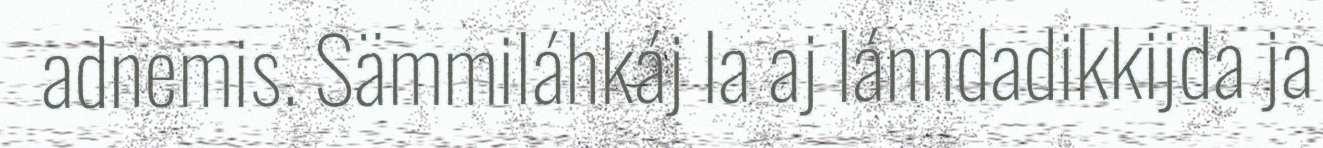
adnemis. Sämmiláhkáj la aj lánndadikkijda ja